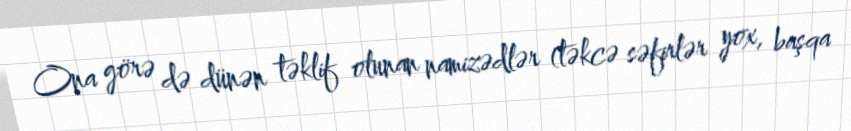
Ona görə də dünən təklif olunan namizədlər (təkcə səfirlər yox, başqa